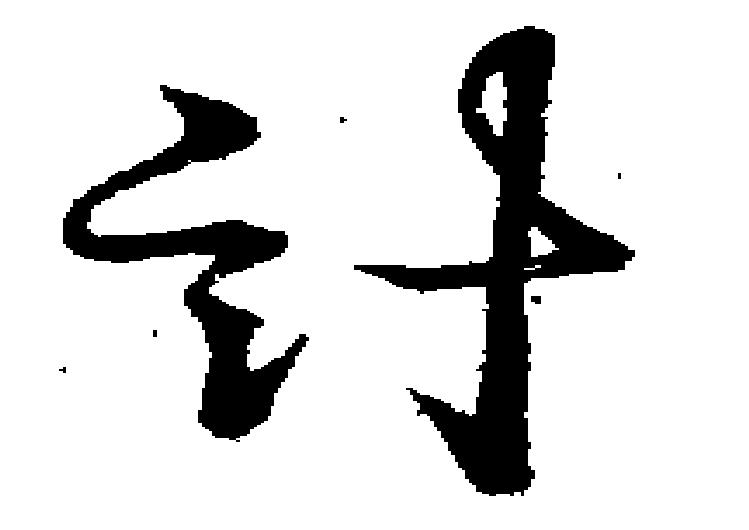
計